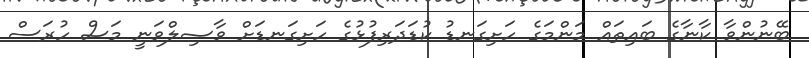
ބޭނުންވާ ކާނާގެ ބައިތައް މަންމަގެ ހަށިގަނޑު ކުޑަދަރިފުޅުގެ ހަށިގަނޑަށް ވާޞިލްވަނީ މަސް ހުރަސް